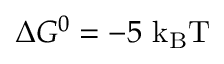
\Delta G ^ { 0 } = - 5 ~ \mathrm { { k _ { B } T } }